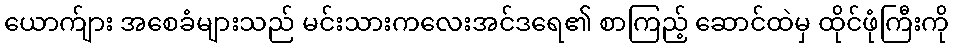
ယောက်ျား အစေခံများသည် မင်းသားကလေးအင်ဒရေ၏ စာကြည့် ဆောင်ထဲမှ ထိုင်ဖုံကြီးကို